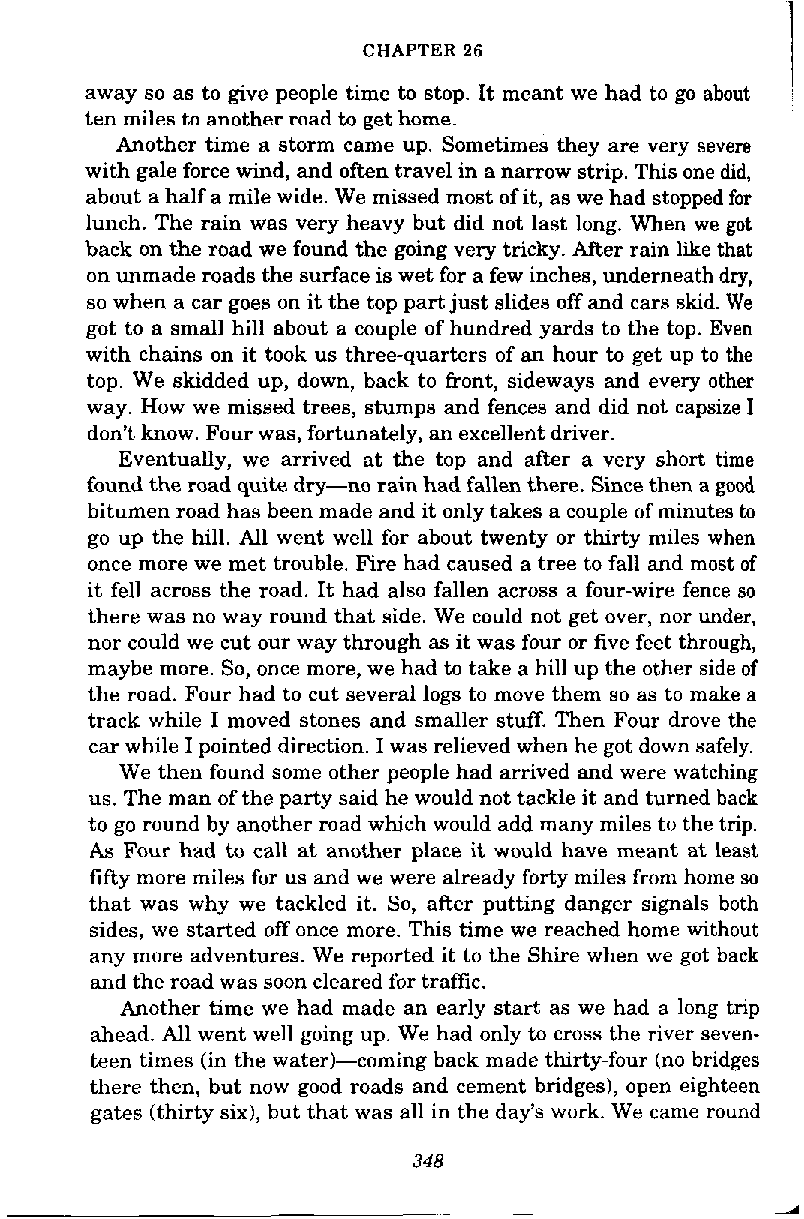
CHAPTER 26
 away so as to give people time to stop. It meant we had to go about
 ten miles to another road to get home.
 Another time a storm came up. Sometimes they are very severe
 with gale force wind, and often travel in a narrow strip. This one did,
 about a half a mile wide. We missed most of it, as we had stopped for
 lunch. The rain was very heavy but did not last long. When we got
 hack on the road we found the going very tricky. After rain like that
 on unmade roads the surface is wet for a few inches, underneath dry,
 so when a car goes on it the top part just slides off and cars skid. We
 got to a small hill about a couple of hundred yards to the top. Even
 with chains on it took us three-quarters of an hour to get up to the
 top. We skidded up, down, back to front, sideways and every other
 way. How we missed trees, stumps and fences and did not capsize I
 don't know. Four was, fortunately, an excellent driver.
 Eventually, we arrived at the top and after a very short time
 found the road quite dry-no rain had fallen there. Since then a good
 bitumen road has been made and it only takes a couple of minutes to
 go up the hill. All went well for about twenty or thirty miles when
 once more we met trouble. Fire had caused a tree to fall and most of
 it fell across the road. It had also fallen across a four-wire fence so
 there was no way round that side. We could not get over, nor under,
 nor could we cut our way through as it was four or five feet through,
 maybe more. So, once more, we had to take a hill up the other side of
 the road. Four had to cut several logs to move them so as to make a
 track while I moved stones and smaller stuff. Then Four drove the
 car while I pointed direction. I was relieved when he got down safely.
 We then found some other people had arrived and were watching
 us. The man of the party said he would not tackle it and turned back
 to go round by another road which would add many miles to the trip.
 As Four had to call at another place it would have meant at least
 fifty more miles for us and we were already forty miles from home so
 that was why we tackled it. So, aRer putting danger signals both
 sides, we started off once more. This time we reached home without
 any more adventures. We reported it to the Shire when we got back
 and the road was soon cleared for traffic.
 Another time we had made an early start as we had a long trip
 ahead. All went well going up. We had only to cross the river seven-
 teen times (in the water)-coming back made thirty-four (no bridges
 there then, but now good roads and cement bridges), open eighteen
 gates (thirty six), but that was all in the day's work. We came round